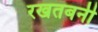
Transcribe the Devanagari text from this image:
रखतबनी